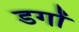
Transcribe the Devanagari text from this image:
डगों